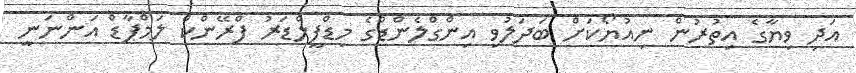
އަދި ވިޔާގެ އިތުރުން ނިއުޔޯކަށް ބަދަލުވި އިންގްލެންޑްގެ މިޑްފީލްޑަރު ފްރޭންކް ލަމްޕާޑް އަންނަނީ